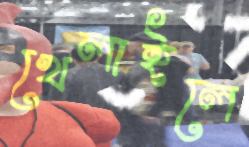
খেলাইলে